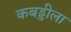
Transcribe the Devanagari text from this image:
कबड्डीला